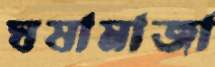
ঘষামাজা